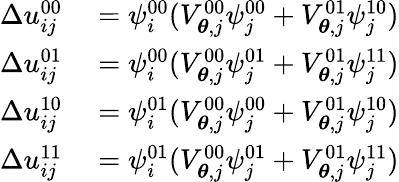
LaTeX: \begin{array}{rl}{\Delta u_{ij}^{00}}&{{}=\psi_{i}^{00}(V_{\boldsymbol{\theta},j}^{00}\psi_{j}^{00}+V_{\boldsymbol{\theta},j}^{01}\psi_{j}^{10})}\\ {\Delta u_{ij}^{01}}&{{}=\psi_{i}^{00}(V_{\boldsymbol{\theta},j}^{00}\psi_{j}^{01}+V_{\boldsymbol{\theta},j}^{01}\psi_{j}^{11})}\\ {\Delta u_{ij}^{10}}&{{}=\psi_{i}^{01}(V_{\boldsymbol{\theta},j}^{00}\psi_{j}^{00}+V_{\boldsymbol{\theta},j}^{01}\psi_{j}^{10})}\\ {\Delta u_{ij}^{11}}&{{}=\psi_{i}^{01}(V_{\boldsymbol{\theta},j}^{00}\psi_{j}^{01}+V_{\boldsymbol{\theta},j}^{01}\psi_{j}^{11})}\end{array}